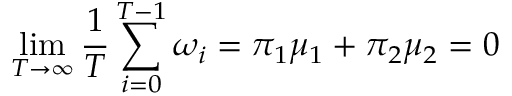
\operatorname* { l i m } _ { T \rightarrow \infty } \frac { 1 } { T } \sum _ { i = 0 } ^ { T - 1 } \omega _ { i } = \pi _ { 1 } \mu _ { 1 } + \pi _ { 2 } \mu _ { 2 } = 0